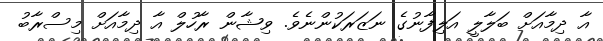
އާ ދިމާއަށް ބަލާލީ އަލިފާނުގެ ނަޒަރަކުންނެވެ. ވިޝާން ރާހުލް އާ ދިމާއަށް މިސްރާބު